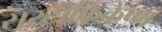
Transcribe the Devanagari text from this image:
सरटीफिकेष्ण